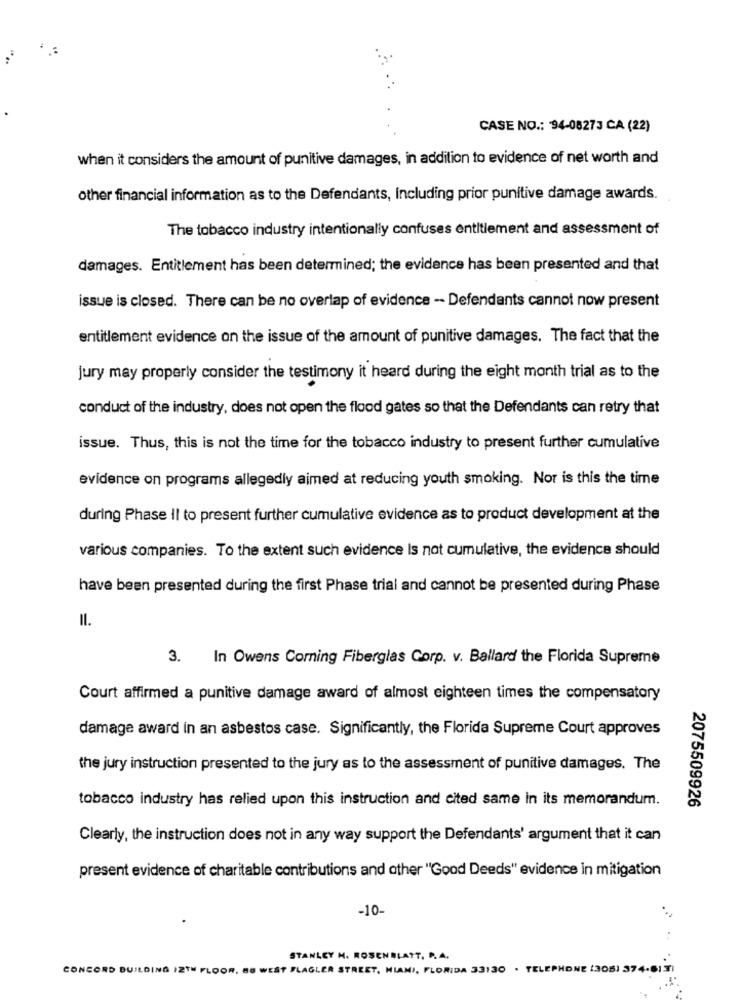
CASE NO .: 94-08273 CA (22)
when it considers the amount of punitive damages, in addition to evidence of net worth and
other financial information as to the Defendants, Including prior punitive damage awards.
The tobacco industry intentionally confuses entitlement and assessment of
damages. Entitlement has been determined; the evidence has been presented and that
issue is closed. There can be no overlap of evidence - Defendants cannot now present
entitlement evidence on the issue of the amount of punitive damages. The fact that the
jury may properly consider the testimony it heard during the eight month trial as to the
conduct of the industry, does not open the flood gates so that the Defendants can retry that
issue. Thus, this is not the time for the tobacco industry to present further cumulative
evidence on programs allegedly aimed at reducing youth smoking. Nor is this the time
during Phase Il to present further cumulative evidence as to product development at the
various companies. To the extent such evidence Is not cumulative, the evidence should
have been presented during the first Phase trial and cannot be presented during Phase
Il.
3. In Owens Corning Fiberglas Corp. v. Ballard the Florida Supreme
Court affirmed a punitive damage award of almost eighteen times the compensatory
damage award in an asbestos case. Significantly, the Florida Supreme Court approves
the jury instruction presented to the jury as to the assessment of punitive damages. The
tobacco industry has relied upon this instruction and cited same in its memorandum.
2075509926
Clearly, the instruction does not in any way support the Defendants' argument that it can
present evidence of charitable contributions and other "Good Deeds" evidence in mitigation
-10-
STANLEY M. ROSENBLATT, P. A.
CONCORD BUILDING 12TH FLOOR, 88 WEST FLAGLER STREET, MIAMI, FLORIDA 33130 . TELEPHONE (305) 374-6131